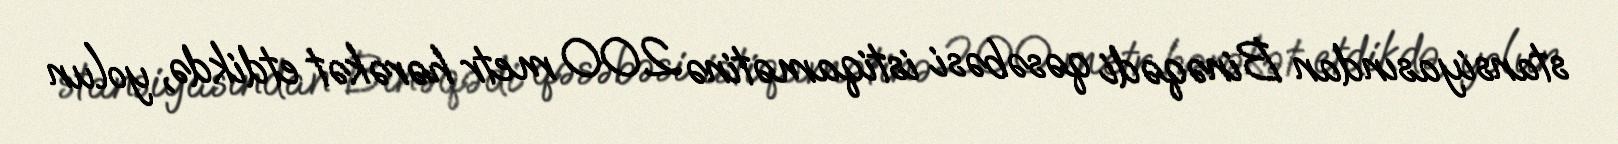
stansiyasından Binəqədi qəsəbəsi istiqamətinə 200 metr hərəkət etdikdə, yolun